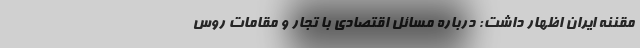
مقننه ایران اظهار داشت: درباره مسائل اقتصادی با تجار و مقامات روس